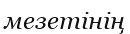
мезетінің